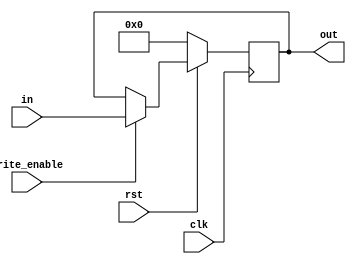
module IR(write_enable, clk, rst, in, out);

	input write_enable, clk, rst;
	input [15:0] in;
	output reg [15:0] out;

	always @(posedge clk) begin
		if (rst == 0) out = 0;
		else begin
			if(write_enable)
				out = in;
		end
	end

endmodule